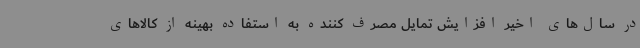
در سال‌های اخیر افزایش تمایل مصرف کننده به استفاده بهینه از کالاهای